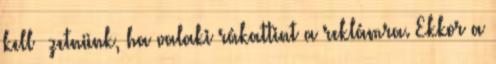
kell ﬁzetnünk, ha valaki rákattint a reklámra. Ekkor a